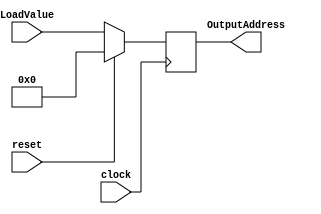
`timescale 1ns / 1ps
//////////////////////////////////////////////////////////////////////////////////
// Company: 
// Engineer: 
// 
// Design Name: 
// Module Name:    PC 
// Project Name: 
// Target Devices: 
// Tool versions: 
// Description: 
//
// Dependencies: 
//
// Revision: 
// Revision 0.01 - File Created
// Additional Comments: 
//
//////////////////////////////////////////////////////////////////////////////////
module PC( input [15:0]LoadValue, output [15:0]OutputAddress,input clock,input reset);
	reg [15:0]count=0;
	always @(posedge clock)
		if(reset)
		begin
			count<=0;
		end
		else
		begin
			count<= LoadValue;
		end
	assign OutputAddress=count;
endmodule